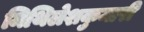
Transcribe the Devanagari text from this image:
मिथिलेशकुमारी